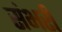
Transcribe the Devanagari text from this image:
संभरी